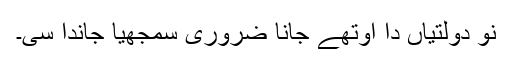
نو دولتیاں دا اوتھے جانا ضروری سمجھیا جاندا سی۔